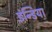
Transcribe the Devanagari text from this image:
इंन्डिया